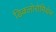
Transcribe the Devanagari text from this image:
डिक्लोरोमिथेन